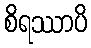
စိရဿာပိ